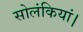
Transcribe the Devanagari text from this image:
सोलंकियां।